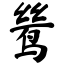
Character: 鸶